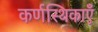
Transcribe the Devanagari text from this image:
कर्णस्थिकाएँ